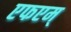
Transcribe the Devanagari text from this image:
एफएम्